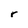
Character: r